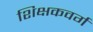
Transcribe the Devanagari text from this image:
शिक्षकवर्ग